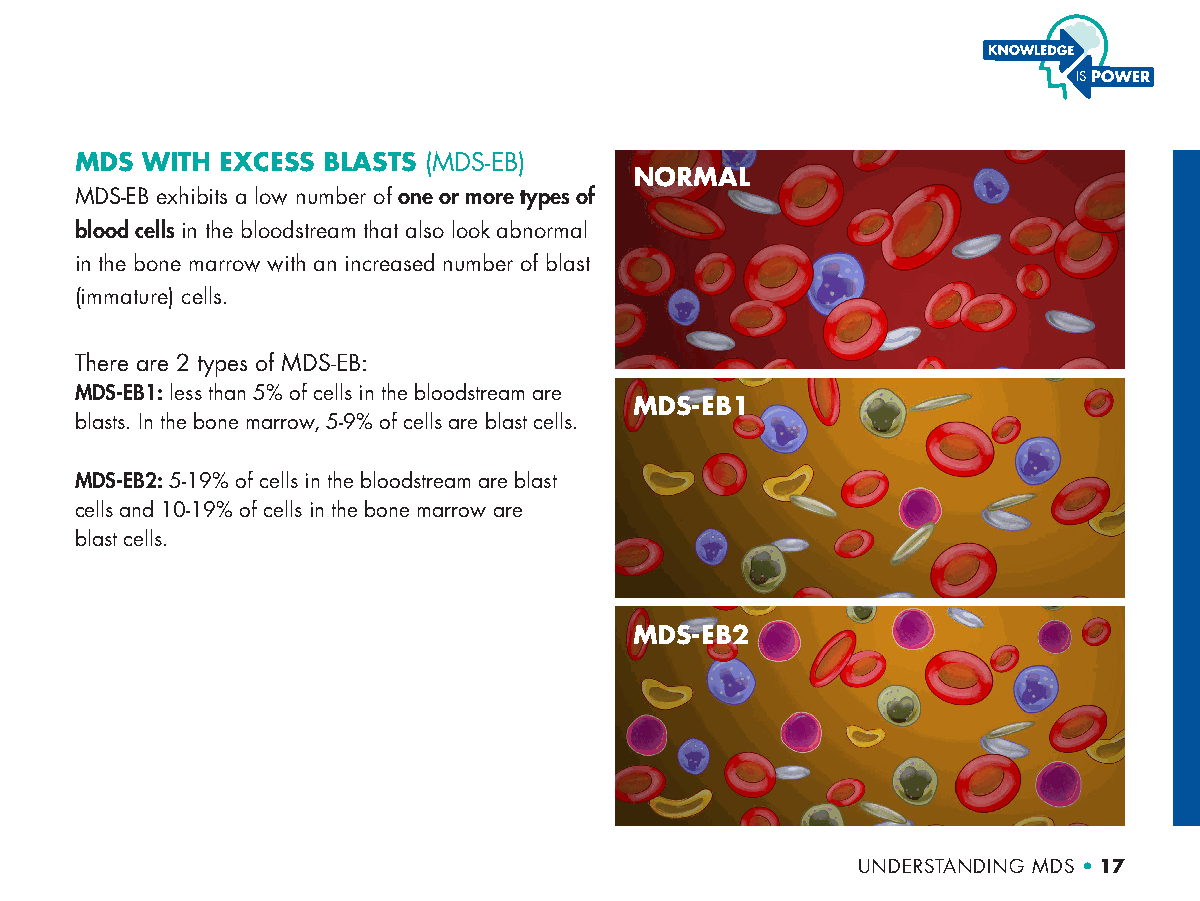
MDS WITH  EXCESS BLASTS (MDS-EB)
 NORMAL
 MDS-EB exhibits a low number of one or more types of
 blood cells in the bloodstream that also look abnormal
 in the bone marrow with an increased number of blast
 (immature) cells.
 There are 2 types of MDS-EB:
 MDS-EB1: less than 5% of cells in the bloodstream are
 MDS-EB1
 blasts. In the bone marrow, 5-9% of cells are blast cells.
 MDS-EB2: 5-19% of cells in the bloodstream are blast
 cells and 10-19% of cells in the bone marrow are
 blast cells.
 MDS-EB2
 UNDERSTANDING MDS • 17